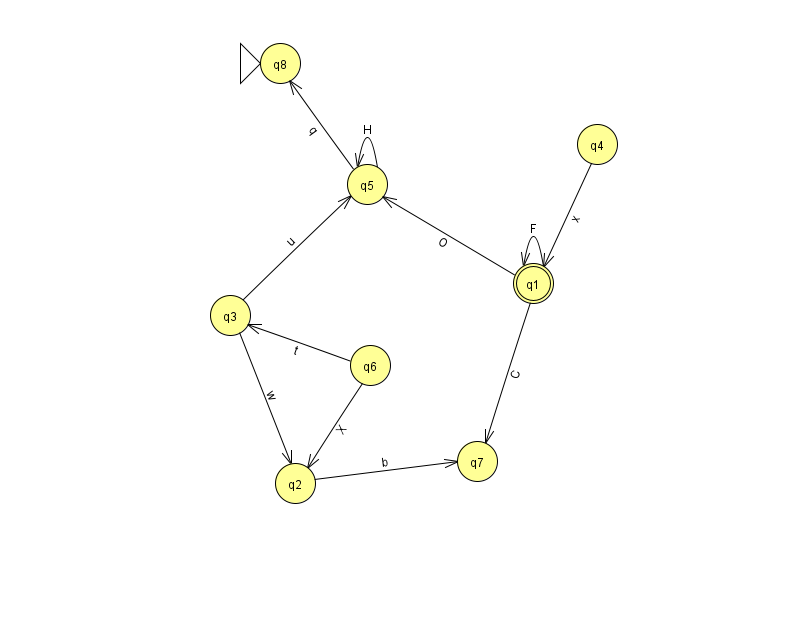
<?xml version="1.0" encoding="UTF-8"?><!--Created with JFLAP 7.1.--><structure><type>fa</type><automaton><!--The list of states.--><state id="1" name="q1"><x>533.0</x><y>270.0</y><final/></state><state id="2" name="q2"><x>295.0</x><y>470.0</y></state><state id="3" name="q3"><x>230.0</x><y>302.0</y></state><state id="4" name="q4"><x>597.0</x><y>131.0</y></state><state id="5" name="q5"><x>367.0</x><y>171.0</y></state><state id="6" name="q6"><x>370.0</x><y>352.0</y></state><state id="7" name="q7"><x>477.0</x><y>448.0</y></state><state id="8" name="q8"><x>280.0</x><y>50.0</y><initial/></state><!--The list of transitions.--><transition><from>2</from><to>7</to><read>b</read></transition><transition><from>1</from><to>5</to><read>O</read></transition><transition><from>1</from><to>1</to><read>F</read></transition><transition><from>5</from><to>5</to><read>H</read></transition><transition><from>5</from><to>8</to><read>q</read></transition><transition><from>3</from><to>2</to><read>w</read></transition><transition><from>3</from><to>5</to><read>u</read></transition><transition><from>6</from><to>2</to><read>X</read></transition><transition><from>6</from><to>3</to><read>t</read></transition><transition><from>1</from><to>7</to><read>C</read></transition><transition><from>4</from><to>1</to><read>x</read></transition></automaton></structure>